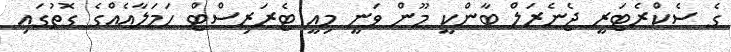
ގެ ސެކްރެޓަރީ ޖެނެރަލް ބާންކީ މޫން ވަނީ މިއީ ޓެރަރިސްޓް ހަމަލާއެއްގެ ގޮތުގައި